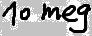
Text: 10 meg